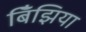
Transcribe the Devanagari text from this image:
बिँझिया